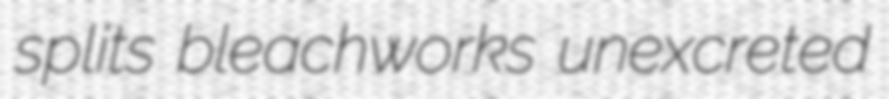
splits bleachworks unexcreted